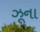
ઝૂના